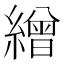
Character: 繒